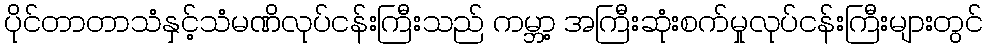
ပိုင်တာတာသံနှင့်သံမဏိလုပ်ငန်းကြီးသည် ကမ္ဘာ့ အကြီးဆုံးစက်မှုလုပ်ငန်းကြီးများတွင်